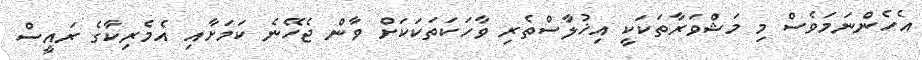
އެހެންނަމަވެސް މި މަޝްވަރާތަކަކީ އިޚުލާސްތެރި ވާހަކަތަކަކަށް ވާން ޖެހޭނެ ކަމަށާއި އެމެރިކާގެ ރައީސް